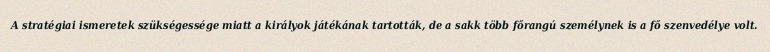
A stratégiai ismeretek szükségessége miatt a királyok játékának tartották, de a sakk több főrangú személynek is a fő szenvedélye volt.